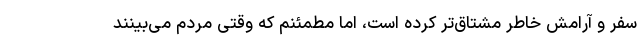
سفر و آرامش خاطر مشتاق‌تر کرده است، اما مطمئنم که وقتی مردم می‌بینند